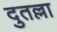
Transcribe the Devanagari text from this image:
दुतल्ला